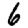
Digit: 6